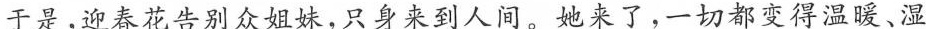
于是，迎春花告别众姐妹，只身来到人间。她来了，一切都变得温暖、湿